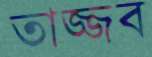
তাজ্জব